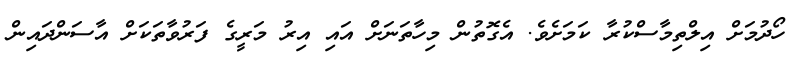
ހޯދުމަށް އިލްތިމާސްކުރާ ކަމަށެވެ. އެގޮތުން މިހާތަނަށް އައި އިރު މަރީގެ ފަރުވާތަކަށް އާސަންދައިން